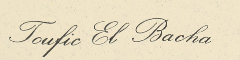
Toufic El Bacha